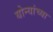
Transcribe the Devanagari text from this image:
योन्यांच्या